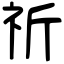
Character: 祈